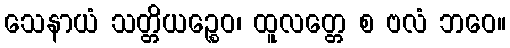
သေနာယံ သတ္တိယဉ္စေဝ၊ ထူလတ္တေ စ ဗလံ ဘဝေ။